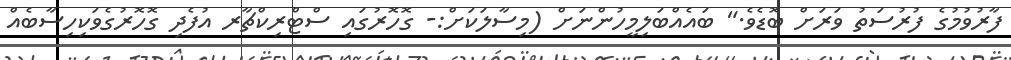
ފާރުވުމުގެ ފުރުސަތު ވަރަށް ބޮޑެވެ." ބައެއްބަލިމީހުންނަށް (މިސާލަކަށް:- ގޮހޮރުގައި ސްޓްރިކްޗާރ އުފެދި ގޮހޮރުގެވަކިހިސާބެއް